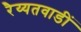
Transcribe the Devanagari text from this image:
रैय्यतवाडीं